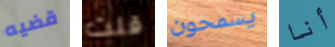
قضيه قلت يسمحون أنا